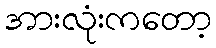
အားလုံးကတော့